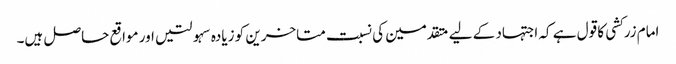
امام زرکشی کا قول ہے کہ اجتہاد کے لیے متقدمین کی نسبت متاخرین کو زیادہ سہولتیں اور مواقع حاصل ہیں۔